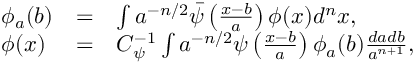
\begin{array} { l c l } { { \phi _ { a } ( b ) } } & { { = } } & { { \int a ^ { - n / 2 } \bar { \psi } \left( \frac { x - b } { a } \right) \phi ( x ) d ^ { n } x , } } \\ { { \phi ( x ) } } & { { = } } & { { C _ { \psi } ^ { - 1 } \int a ^ { - n / 2 } \psi \left( \frac { x - b } { a } \right) \phi _ { a } ( b ) \frac { d a d b } { a ^ { n + 1 } } , } } \end{array}